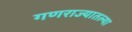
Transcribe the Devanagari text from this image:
गणराज्यातल्या